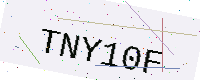
Text: TNY10F